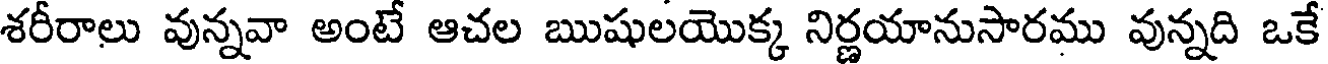
శరీరాలు వున్నవా అంటే ఆచల ఋషులయొక్క నిర్ణయానుసారము వున్నది ఒకే